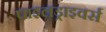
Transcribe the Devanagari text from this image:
पाइलड्राइवर्स